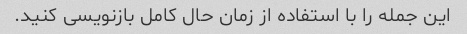
این جمله را با استفاده از زمان حال کامل بازنویسی کنید.